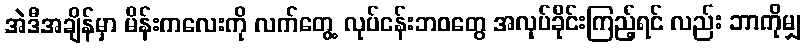
အဲဒီအချိန်မှာ မိန်းကလေးကို လက်တွေ့ လုပ်ငန်းဘဝတွေ အလုပ်ခိုင်းကြည့်ရင် လည်း ဘာကိုမျှ